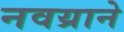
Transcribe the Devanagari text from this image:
नवय्राने